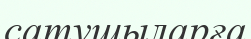
сатушыларға